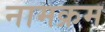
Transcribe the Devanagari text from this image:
नामक्रम